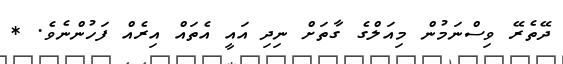
ދޭތެރޭ ވިސްނަމުން މިއަލްގެ ގާތަށް ނިދި އައީ އެތައް އިރެއް ފަހުންނެވެ. *